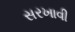
સરખાવી